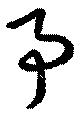
予